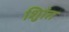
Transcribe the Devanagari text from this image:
शुिांत